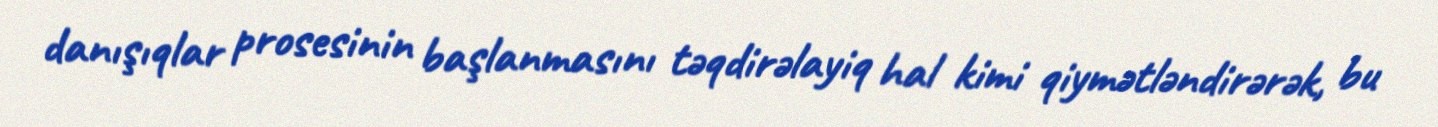
danışıqlar prosesinin başlanmasını təqdirəlayiq hal kimi qiymətləndirərək, bu